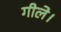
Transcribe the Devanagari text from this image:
गीले।